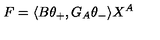
F = \langle B \theta _ { + } , G _ { A } \theta _ { - } \rangle X ^ { A }